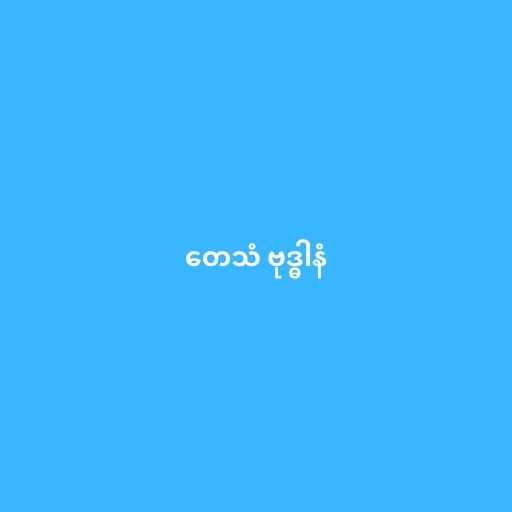
တေသံ ဗုဒ္ဓါနံ